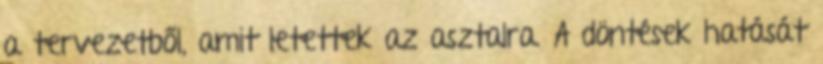
a tervezetből, amit letettek az asztalra. A döntések hatását